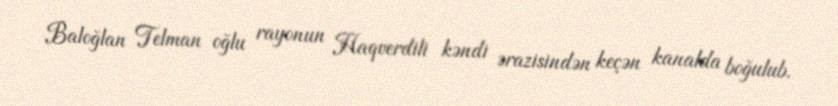
Baloğlan Telman oğlu rayonun Haqverdili kəndi ərazisindən keçən kanalda boğulub.